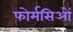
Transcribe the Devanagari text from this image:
फोर्मसिओं